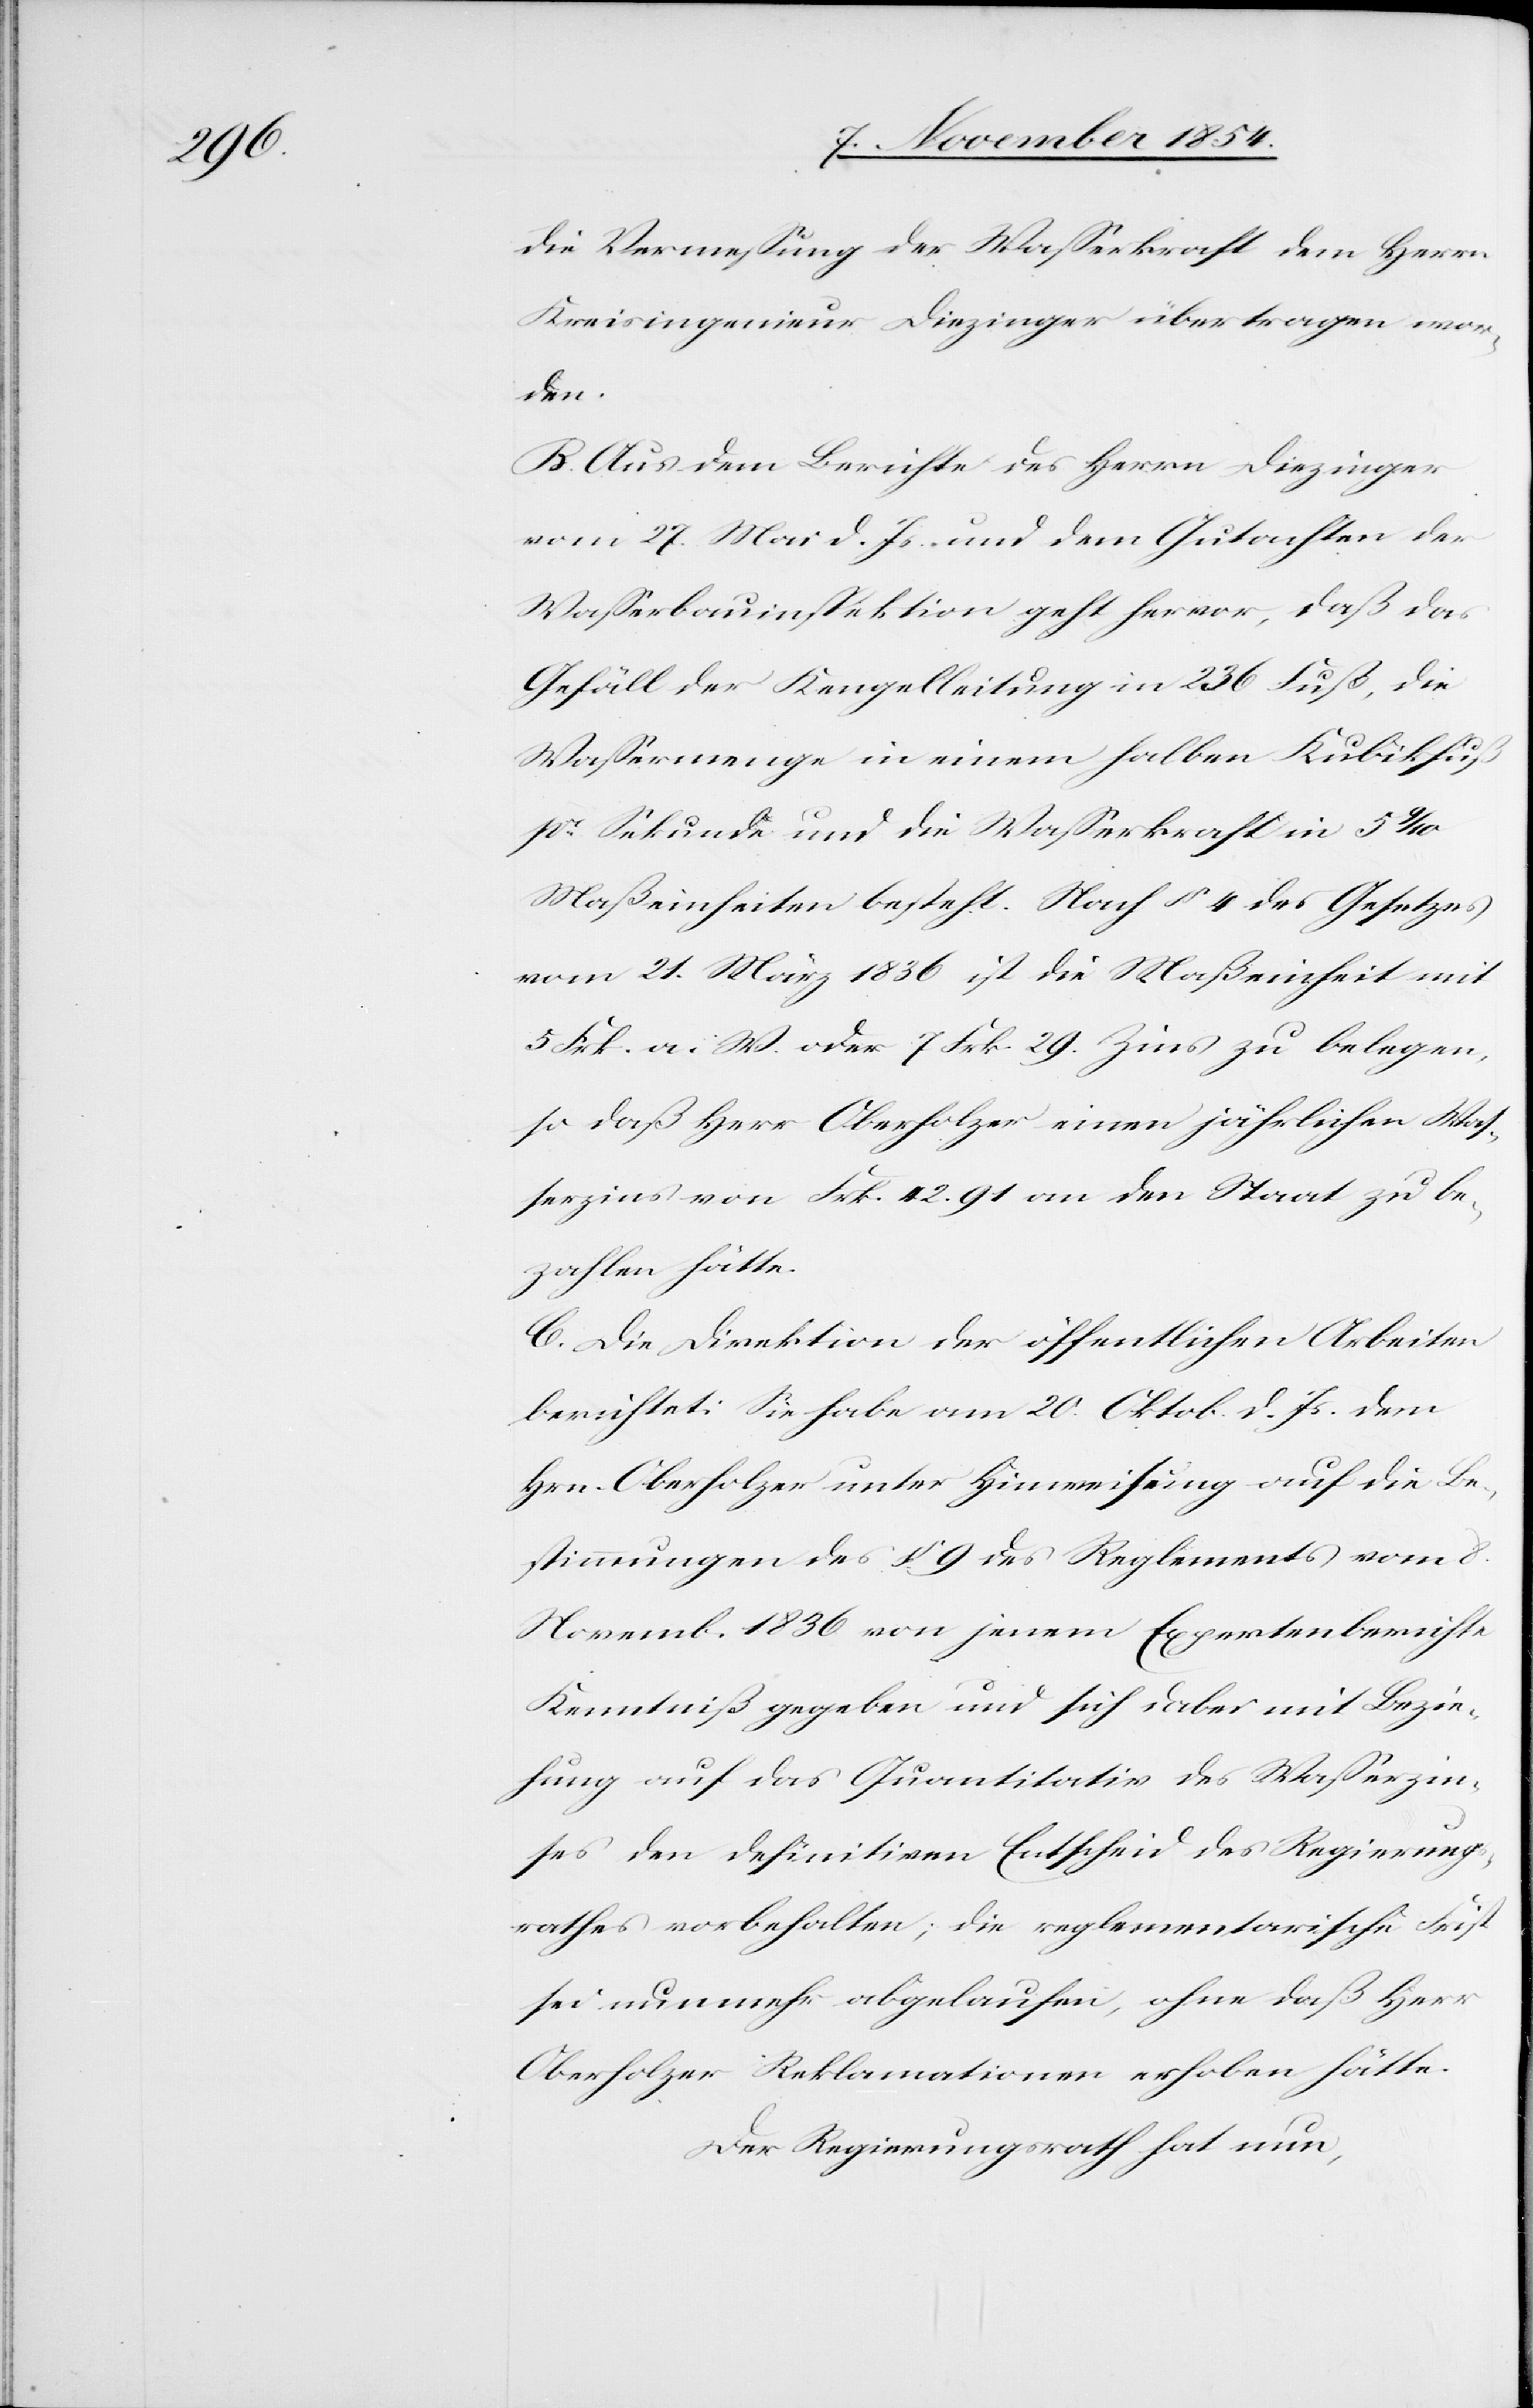
die Vermeßung der Waßerkraft dem Herrn
Kreisingenieur Diezinger übertragen wor¬
den.
B. Aus dem Berichte des Herrn Diezinger
vom 27. Mai d. Js. und dem Gutachten der
Waßerbauinspektion geht hervor, daß das
Gefäll der Kengelleitung in 236 Fuß, die
Waßermenge in einem halben Kubikfuß
pr Sekunde und die Waßerkraft in 5 9/10
Maßeinheiten besteht. Nach § 4 des Gesetzes
vom 21. März 1836 ist die Maßeinheit mit
5 Frk. a. W. oder 7 Frk. 29. Zins zu belegen,
so daß Herr Oberholzer einen jährlichen Waß¬
erzins von Frk. 42. 91 an den Staat zu be¬
zahlen hätte.
C. Die Direktion der öffentlichen Arbeiten
berichtet: Sie habe am 20. Oktob. d. Js. dem
Hrn. Oberholzer unter Hinweisung auf die Be¬
stimmungen des § 9 des Reglements vom 8.
Novemb. 1836 von jenem Expertenberichte
Kenntniß gegeben und sich dabei mit Bezie¬
hung auf das Quantitativ des Waßerzin¬
ses den definitiven Entscheid des Regierungs¬
rathes vorbehalten; die reglementarische Frist
sei nunmehr abgelaufen, ohne daß Herr
Oberholzer Reklamationen erhoben hätte.
Der Regierungsrath hat nun,